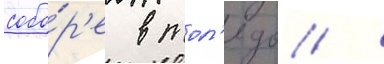
собо́р'е в тол'едо /